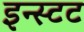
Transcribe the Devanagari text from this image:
इन्स्टट